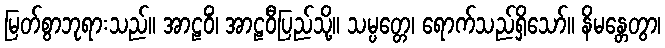
မြတ်စွာဘုရားသည်။ အာဠဝိံ၊ အာဠဝီပြည်သို့။ သမ္ပတ္တေ၊ ရောက်သည်ရှိသော်။ နိမန္တေတွာ၊